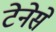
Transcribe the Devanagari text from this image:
टेनेसे